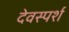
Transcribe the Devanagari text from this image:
देवस्पर्श